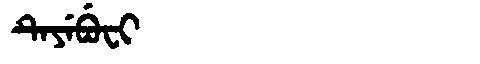
Manchu: ᡨᡝᠶᡝᠪᡠᠸᡳ
Romanization: TEYEBUFI